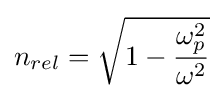
n_{rel}={\sqrt {1-{\frac {\omega _{p}^{2}}{\omega ^{2}}}}}